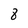
Character: 8